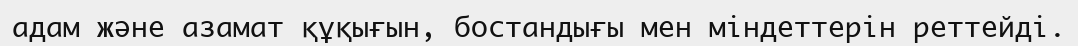
адам және азамат құқығын, бостандығы мен міндеттерін реттейді.